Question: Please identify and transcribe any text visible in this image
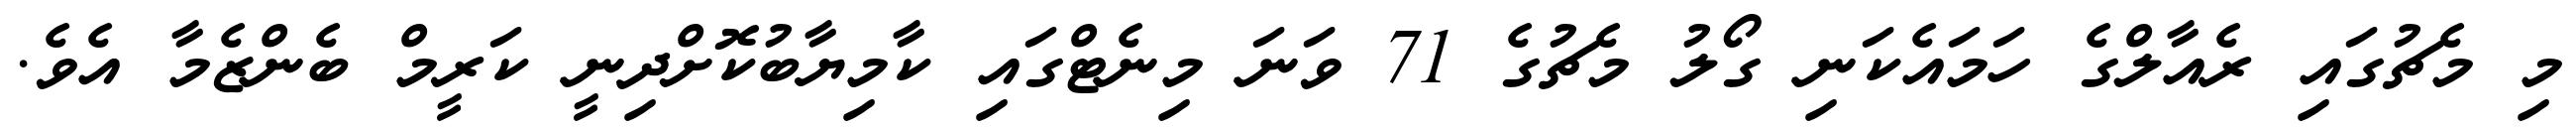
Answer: މި މެޗުގައި ރެއާލްގެ ހަމައެކަނި ގޯލު މެޗުގެ 71 ވަނަ މިނެޓްގައި ކާމިޔާބުކޮށްދިނީ ކަރީމް ބެންޒެމާ އެވެ.